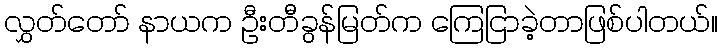
လွှတ်တော် နာယက ဦးတီခွန်မြတ်က ကြေငြာခဲ့တာဖြစ်ပါတယ်။